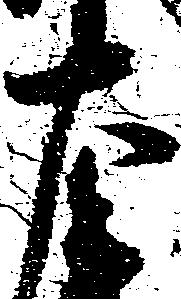
左